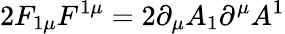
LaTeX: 2F_{1\mu}F^{1\mu}=2\partial_{\mu}A_{1}\partial^{\mu}A^{1}